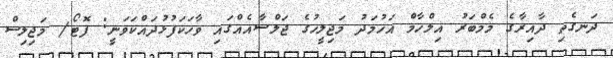
ދަނގެތި ދާއިރާގެ މެމްބަރު އިލްހާމް އަހުމަދު މަޖިލީހުގެ ޖަލްސާއެއްގައި ވާހަކަފުޅުދައްކަވަނީ: ފޮޓޯ/ މަޖިލިސް